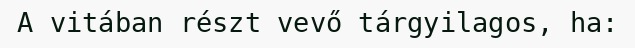
A vitában részt vevő tárgyilagos, ha: